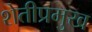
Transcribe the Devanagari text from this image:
शेतीप्रमुख